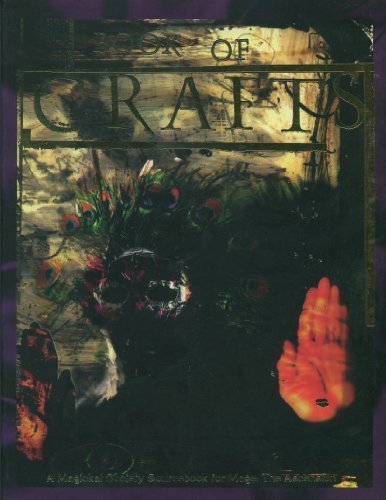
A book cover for Book of Crafts *OP (Mage - the Ascension); Ash Arnett; Science Fiction & Fantasy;